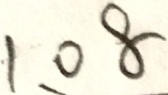
1 、 0 8